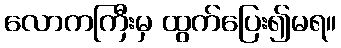
လောကကြီးမှ ထွက်ပြေး၍မရ။